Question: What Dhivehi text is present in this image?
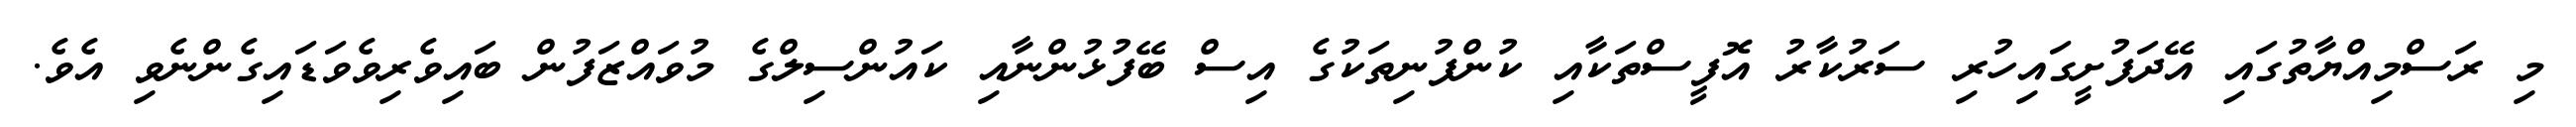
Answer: މި ރަސްމިއްޔާތުގައި އޭދަފުށީގައިހުރި ސަރުކާރު އޮފީސްތަކާއި ކުންފުނިތަކުގެ އިސް ބޭފުޅުންނާއި ކައުންސިލްގެ މުވައްޒަފުން ބައިވެރިވެވަޑައިގެންނެވި އެވެ.